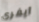
آيفري